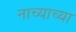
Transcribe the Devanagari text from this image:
नाच्याच्या